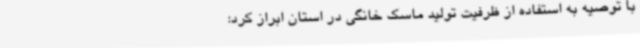
با توصیه به استفاده از ظرفیت تولید ماسک خانگی در استان ابراز کرد: